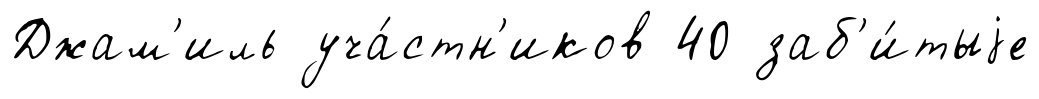
Джам'иль уча́стн'иков 40 заб'и́тыjе